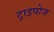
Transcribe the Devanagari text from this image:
ट्राइपोज